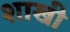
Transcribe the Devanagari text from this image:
शाखी